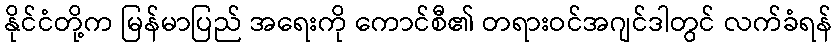
နိုင်ငံတို့က မြန်မာပြည် အရေးကို ကောင်စီ၏ တရားဝင်အဂျင်ဒါတွင် လက်ခံရန်